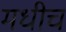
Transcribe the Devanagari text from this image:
मधीच